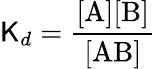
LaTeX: \mathsf{K}_{d}=\mathrm{{\frac{{[A][B]}}{{[AB]}}}}